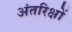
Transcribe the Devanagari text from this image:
अंतरिक्षों